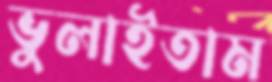
ভুলাইতাম